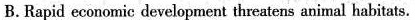
B.Rapid economic development threatens animal habitats.